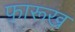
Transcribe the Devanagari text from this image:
फ़ारूख